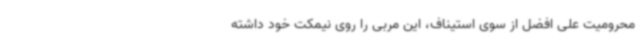
محرومیت علی افضل از سوی استیناف، این مربی را روی نیمکت خود داشته